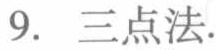
9. 三点法.